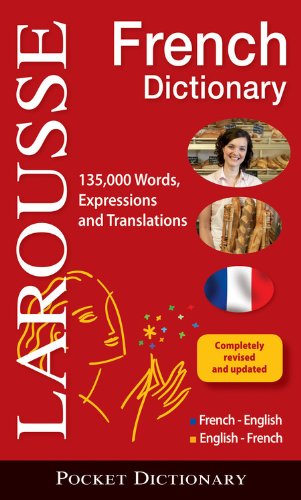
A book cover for Larousse Pocket French-English/English-French Dictionary (English and French Edition); Larousse; Reference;